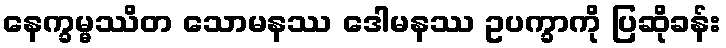
နေက္ခမ္မဿိတ သောမနဿ ဒေါမနဿ ဥပက္ခာကို ပြဆိုခန်း